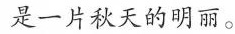
是一片秋天的明丽。